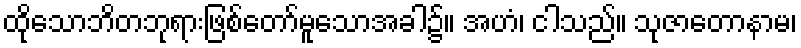
ထိုသောဘိတဘုရားဖြစ်တော်မူသောအခါ၌။ အဟံ၊ ငါသည်။ သုဇာတောနာမ၊